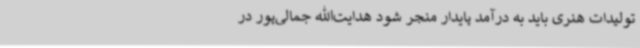
تولیدات هنری باید به درآمد پایدار منجر شود هدایت‌الله جمالی‌پور در